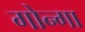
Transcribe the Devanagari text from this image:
गोन्गा